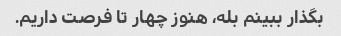
بگذار ببینم بله، هنوز چهار تا فرصت داریم.